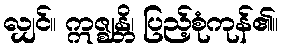
လျှင်။ ဣဇ္ဈန္တိ၊ ပြည့်စုံကုန်၏။